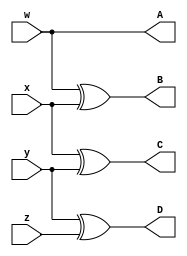
module grey_code_convertor(A, B, C, D, w, x, y, z);
    output A, B, C, D;
    input w, x, y, z;
    //A = w
    //B = w'x + wx' = w XOR x
    //C = x'y + xy' = x XOR y
    //D = y'z + yz' = y XOR z
    assign A = w;
    assign B = w ^ x;
    assign C = x ^ y;
    assign D = y ^ z;
endmodule

module grey_code_convertor_tb;
    reg [3:0] in;
    wire [3:0] f;
    //Instantiate UUT
    grey_code_convertor UUT(f[3], f[2], f[1], f[0], in[3], in[2], in[1], in[0]);

    //stimulus block
    initial
        begin
            in = 4'b0000;
            repeat(15) #10 in = in + 1'b1;
        end
    initial $monitor("wxyz = %b, ABCD = %b", in, f);
endmodule